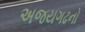
અજયગઢનો